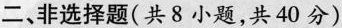
二、非选择题(共8小题，共40分)